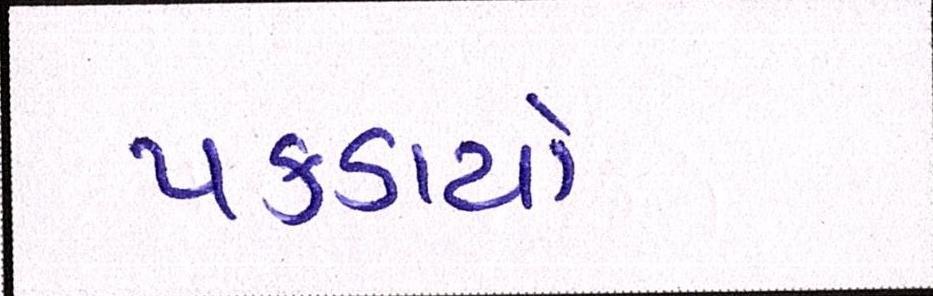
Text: પકડાયો